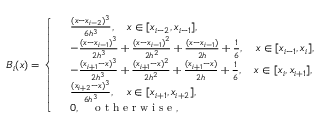
B _ { i } ( x ) = \left\{ \begin{array} { r l } & { \frac { ( x - x _ { i - 2 } ) ^ { 3 } } { 6 h ^ { 3 } } , \quad x \in [ x _ { i - 2 } , x _ { i - 1 } ] , } \\ & { - \frac { ( x - x _ { i - 1 } ) ^ { 3 } } { 2 h ^ { 3 } } + \frac { ( x - x _ { i - 1 } ) ^ { 2 } } { 2 h ^ { 2 } } + \frac { ( x - x _ { i - 1 } ) } { 2 h } + \frac { 1 } { 6 } , \quad x \in [ x _ { i - 1 } , x _ { i } ] , } \\ & { - \frac { ( x _ { i + 1 } - x ) ^ { 3 } } { 2 h ^ { 3 } } + \frac { ( x _ { i + 1 } - x ) ^ { 2 } } { 2 h ^ { 2 } } + \frac { ( x _ { i + 1 } - x ) } { 2 h } + \frac { 1 } { 6 } , \quad x \in [ x _ { i } , x _ { i + 1 } ] , } \\ & { \frac { ( x _ { i + 2 } - x ) ^ { 3 } } { 6 h ^ { 3 } } , \quad x \in [ x _ { i + 1 } , x _ { i + 2 } ] , } \\ & { 0 , \quad \textup { o t h e r w i s e } , } \end{array} \right.